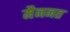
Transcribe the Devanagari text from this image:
मैननत